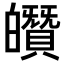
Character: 𤾶